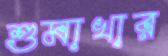
শুমাখার